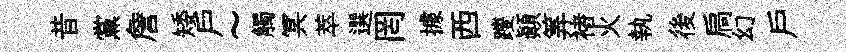
昔黨詹矮戶~觸冥萃選罔據西躞顚筭褚火執後扃幻戸